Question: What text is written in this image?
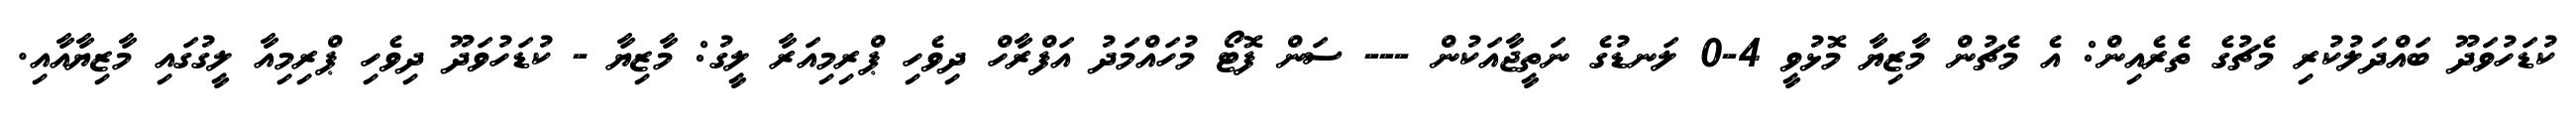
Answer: ކުޑަހުވަދޫ ބައްދަލުކުރި މެޗުގެ ތެރެއިން: އެ މެޗުން މާޒިޔާ މޮޅުވީ 4-0 ލަނޑުގެ ނަތީޖާއަކުން --- ސަން ފޮޓޯ މުހައްމަދު އަފްރާހް ދިވެހި ޕްރިމިއަރާ ލީގު: މާޒިޔާ - ކުޑަހުވަދޫ ދިވެހި ޕްރިމިއާ ލީގުގައި މާޒިޔާއާއި.